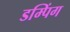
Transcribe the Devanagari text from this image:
डम्पिंग